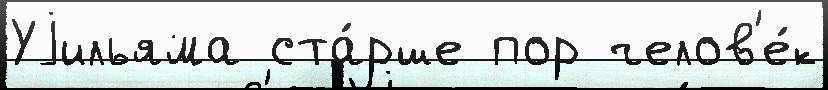
Уjильяма ста́рше пор челов'е́к